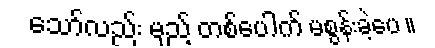
သော်လည်း မှည့် တစ်ပေါက် မစွန်းခဲ့ပေ ။